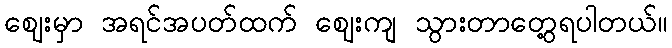
ဈေးမှာ အရင်အပတ်ထက် ဈေးကျ သွားတာတွေ့ရပါတယ်။